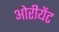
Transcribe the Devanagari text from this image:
ओरीयेंट